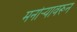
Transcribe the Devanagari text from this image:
मनोर्‍यावरून